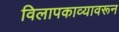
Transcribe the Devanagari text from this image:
विलापकाव्यावरून